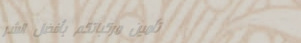
تأمين مركباتكم بأفضل الشر